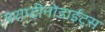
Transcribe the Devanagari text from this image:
पराप्टीनोडाईट्स